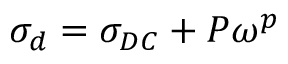
\sigma _ { d } = \sigma _ { D C } + P \omega ^ { p }